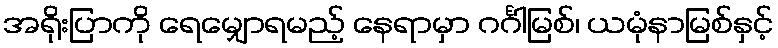
အရိုးပြာကို ရေမျှောရမည့် နေရာမှာ ဂင်္ဂါမြစ်၊ ယမုံနာမြစ်နှင့်